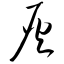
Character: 灰